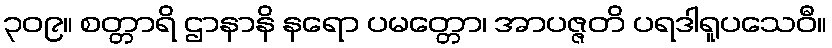
၃၀၉။ စတ္တာရိ ဌာနာနိ နရော ပမတ္တော၊ အာပဇ္ဇတိ ပရဒါရူပသေဝီ။